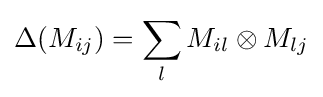
\Delta (M_{ij})=\sum _{l}M_{il}\otimes M_{lj}